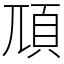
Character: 䪲